Vital statistics of India. Vol. IV, Annual returns from 1871 to 1876. British Army of India, Native Army and jails of Bengal
Year: 1871
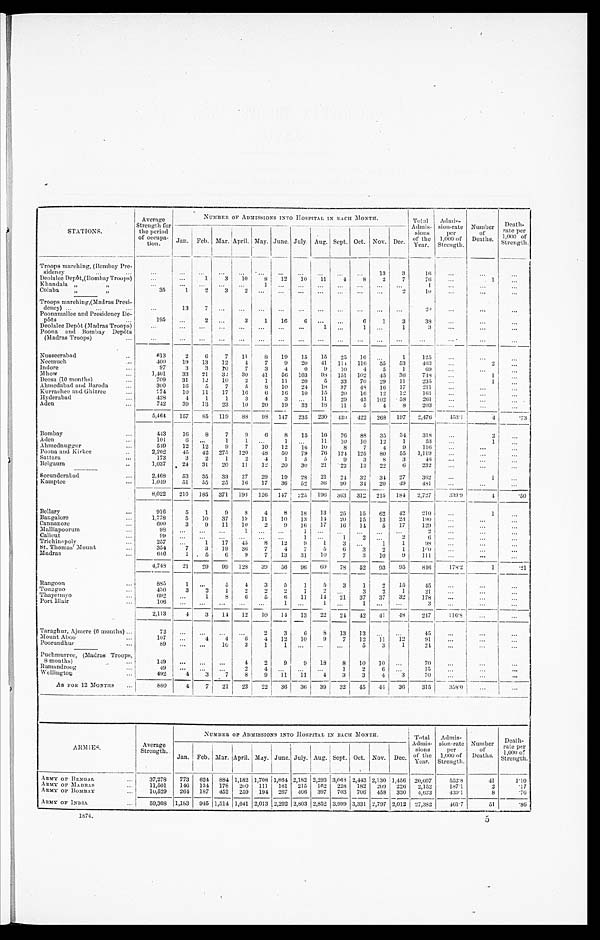
STATIONS.
Average
Strength for
the period
of occupa-
tion.
NUMBER OF ADMISSIONS INTO HOSPITAL IN EACH MONTH.
Total
Admie-
sions
of the
Year.
Admis-
sion-rate
per
1,000 of
Strength.
Number
of
Deaths.
Death-
rate per
1,000 of
Strength.
Jan. Feb. Mar.
A p r i l .
May. June. July. Aug. Sept. Oct. Nov. Dec.
Troops marching, (Bombay Pre
-sidency . . .
. . .
. . .
. . .
. . .
. . .
. . .
. . .
. . .
. . .
. . .
. . .
13
3
16
. . .
. . .
. . .
Deolalee Depôt,(Bombay Troops) . . .
. . .
. . .
1
3
10
8
12
10
11
4
8
2
7
76
. . .
1
. . .
Khandala " "
. . .
. . .
. . .
. . .
. . .
1
. . .
. . .
. . .
. . .
. . . . . .
. . .
1
. . .
. . .
. . .
Colaba " "
35
1
2
3
2
. . .
. . .
. . .
. . .
. . .
. . .
. . .
2
1 0
. . .
. . .
. . .
Troops marehing, (Madras Presi
-dency) . . .
. . .
13
7
. . . . . .
. . .
. . .
. . .
. . .
. . .
. . .
. . .
. . .
20
. . .
. . .
. . .
Poonamallee and Presidency De
-póts . . .
195
. . .
2
. . .
3
1
16
6
. . .
. . .
6
1
3
38
. . .
. . .
. . .
Deolalee Depôt (Madras Troops) . . .
. . .
. . .
. . . . . .
. . .
. . .
. . .
. . .
1
. . .
1
. . . 1
3
. . .
. . .
. . .
Poona and Bombay Depôts
(Madras Troops) . . .
. . .
. . .
. . .
. . .
. . .
. . .
. . .
. . .
. . .
. . .
. . .
. . .
. . .
. . .
. . .
. . .
. . .
Nusseerabad . . .
6 1 3
2
6
7
11
8 19
15
15
25
16
. . .
1
125
. . .
. . .
. . .
Neemuch . . .
400
19
13
12
4
7
9
20
41 114
116
55
53
463
. . .
2
. . .
Indore . . .
97
3
3
10
7
3
4
0
9
10
4
5
1
69
. . .
. . .
. . .
Mhow . . .
1,401
33
21
32
30
41
56 103
98 151 102
45
36
748
. . .
1
. . .
Deesa (10 months) . . .
709
31
12
10
2
1
11
20
5
33
70
29
11
235
. . .
1
. . .
Ahmedabad and Baroda . . .
300
16
5
7
5
8
10
24
18
37
48
16
17
211
. . .
. . .
. . .
Kurrachee and Ghizree . . .
774
10
11
17
16
6
16
10
15
20
16
12
12
161
. . .
. . .
. . .
Hyderabad . . .
428
4
1
1
3
4
3
. . . 11
29
45 102
58
261
. . .
. . .
. . .
Aden . . .
742
39
13
23
10
20
19
33
18
11
5
4
8
203
. . .
. . .
. . .
5,464
157
85 119
88
9 8
147 235 230 430 422 268 197
2,476
153.1 4
. 73
Bombay . . .
443
16
8
7
9
6
8
15
16
76
88
35
34
318
. . .
2
. . .
Aden . . .
101
6
. . .
1
1
. . . 1
. . . 11
10
10
12
1
53
. . .
1
. . .
Ahmednuggur . . .
549
12
12
9
7
10
12
16
10
8
7
4
9 116
. . .
. . .
. . .
Poona and Kirkee . . .
2,202
45
42 275 120
48
50
79
76 124 125
80
55
1,119
. . .
. . .
. . .
Sattara . . .
173
3
2
1
2
4
1
5
5
9
3
8
3
46
. . .
. . .
. . .
Belgaum . . .
1,037
24
31
20
11
12
20
30
21
22
13
22
6
232
. . .
. . .
. . .
Secunderabad . . .
2,468
53
35
33
27
29
19
28
21
24 32
34
27
362
. . .
1
. . .
Kamptee . . .
1,049
51
55
25
16
17
36
52
3 6 90
34
20
49
481
. . . . . .
. . .
8,022
210 185 371 193 126 147 225 196 363 312 215 184
2,727
3 3 9 . 9
4
.50
Bellary . . .
916
5
1
9
8
4
8
18
13
25
15
62
42
210
. . .
1
. . .
Bangalore . . .
1,778
5
10
37
19
11
10
13
14
20
15
13
23
190
. . .
. . .
. . .
Cannanore . . .
600
3
9
11
10
2
9
16
17
16
14
5
17
129
. . .
. . .
. . .
Malliapoorum . . .
98
. . .
. . .
. . .
1
. . .
. . .
. . .
. . .
. . .
. . .
. . .
. . .
2
. . .
. . .
. . .
Calieut . . .
99
. . .
. . .
. . .
. . .
. . .
. . .
1
. . .
1
2
. . . 2
6
. . .
. . .
. . .
Trichimpoly . . .
257
. . .
1
17
45
8
12
9
1
3
. . .
1
1
98
. . .
. . .
. . .
St. Thomas' Mount . . .
354
7
3
19
36
7
4
7
5
6
3
2
1
1 0 0
. . .
. . .
. . .
Madras . . .
646
1
5
6
9
7
13
31
10
7
3
10
9
111 . . .
. . .
. . .
4,748
21
29
99 128
39
56
96
60
78
52
93
95
846
178.2
1 .21
Rangoon . . .
885
1
. . .
5
4
3
5
1
5
3
1
2
15
45
. . .
. . .
. . .
Toungoo . . .
430
3
2
1
2
2
2
1
2
. . .
3
2
1
21
. . .
. . .
. . .
Thayetmyo . . .
692
. . .
1
8
6
5
6
11
14
21
37
37
32
178
. . .
. . .
. . .
Port Blair . . .
106
. . .
. . . . . .
. . .
. . .
1
. . .
1
. . .
1
. . .
. . .
3
. . . . . .
. . .
2,113
4
3
14
12
10
14
13
22
24
42 41
48
247
116. 8 . . .
. . .
Taraghur, Ajmere (6 months) . . .
72
. . .
. . .
. . .
. . .
2
3
6
8
13
33
. . .
. . .
45
. . .
. . .
. . .
Mount Aboo . . .
107
. . .
4
4
6
4
12
10
9
7
12
1 1 12
91
. . .
. . . .
. . .
Poorundhur . . .
89
. . .
. . .
10
3
1
1
. . .
. . .
. . .
5
3
1
24 . . .
. . .
. . .
Puchmurree, (Madras Troops,
8 months) . . .
1 4 9
. . .
. . .
. . .
4
2
9
9
18
8
10
10
. . .
70
. . .
. . .
. . .
Ramandroog . . .
4 9
. . .
. . .
. . .
2
4
. . .
. . .
. . .
1
2
6. . .
1 5
. . .
. . .
. . .
Wellington . . .
492
4
3
7
8
9
11
11
4
3
3
4
3
70
. . . . . .
. . .
AS FOR 12 MONTHS . . . 880
4
7
21
23
22
36
36 39
32
4 5
4 4 36
315
358.0 . . .
. . .
A R M I E S .
Average
Strength.
NUMBER OF ADMISSIONS INTO HOSPITAL IN EACH MONTH.
Total
Admis-
s i o n s o f t h e
Y e a r .
Admis-
sion-rate
per
1 , 0 0 0 o f S t r e n g t h .
Number
of
Deaths.
Death-
rate per
1,000
o f S t r e n g t h .
Jan. Feb. Mar. April. May. June. July. Aug. Sept. Oct. Nov. Dec.
ARMY OF BENGAL . . .
37,278
773 624 884 1,182 1,708 1,864 2,182 2,293 3,068 2,443 2,130 1,456 20,607
552.8
.41
1.10
.17
ARMY OF MADRAS . . .
11,501
146 134 178 200 111 161 215 162 228 182 209 226
2,152
187.1
2
ARMY OF BOMBAY . . .
1 0 , 5 2 9 264 187 452 259 194 267 406 397 703 706 458 330
4,623
439.1
8
.76
ARMY OF INDIA . . .
59,308 1,183 945 1,514 1,641 2,013 2,292 2,803 2,852 3,999 3,331 2,797 2,012 27,382
461.7
51
.86
1874.